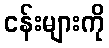
ငန်းများကို